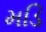
મડિ